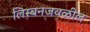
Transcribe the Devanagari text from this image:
लिस्बनजवळील